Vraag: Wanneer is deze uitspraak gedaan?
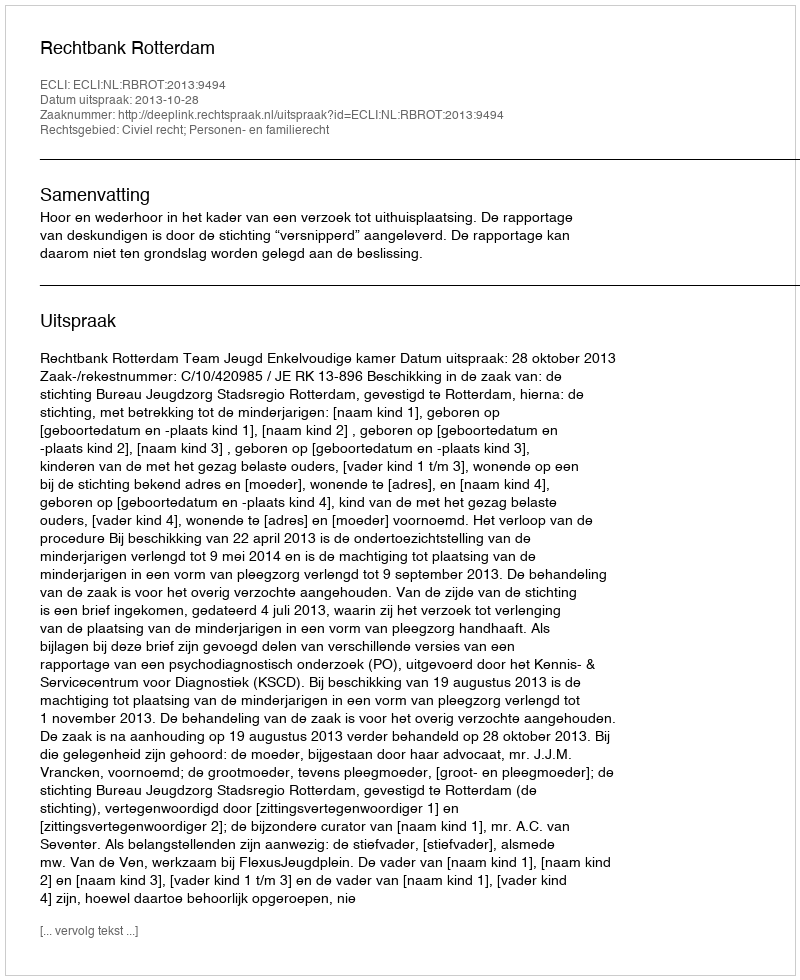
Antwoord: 2013-10-28